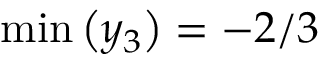
\operatorname* { m i n } \left( y _ { 3 } \right) = - 2 / 3